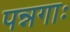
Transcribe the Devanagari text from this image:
पन्नगाः